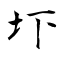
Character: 圷